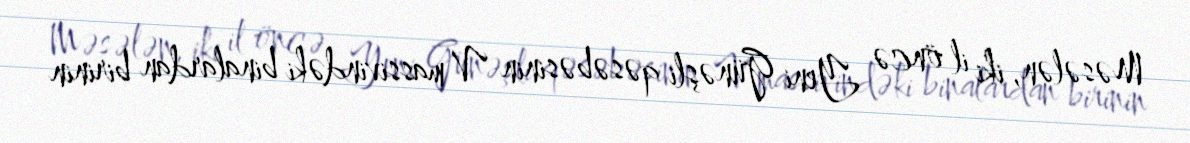
Məsələn, iki il öncə Yeni Günəşli qəsəbəsinin V massivindəki binalardan birinin